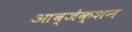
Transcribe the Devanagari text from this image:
आब्जेक्शन